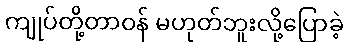
ကျုပ်တို့တာဝန် မဟုတ်ဘူးလို့ပြောခဲ့